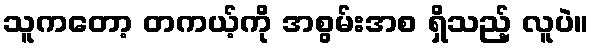
သူကတော့ တကယ့်ကို အစွမ်းအစ ရှိသည့် လူပဲ။